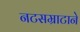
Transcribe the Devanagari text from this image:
नटसम्राटाने